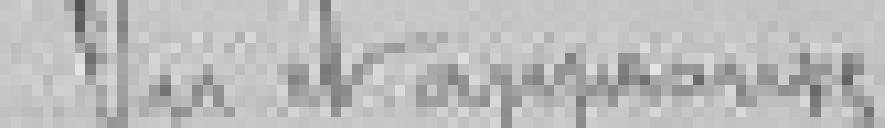
Lu et approuvé